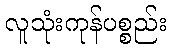
လူသုံးကုန်ပစ္စည်း